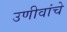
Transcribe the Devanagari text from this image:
उणीवांचे